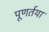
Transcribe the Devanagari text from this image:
पूणर्तया